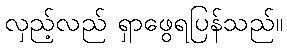
လှည့်လည် ရှာဖွေရပြန်သည်။